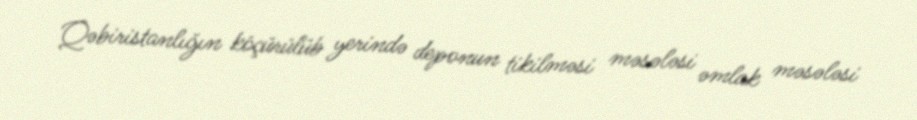
Qəbiristanlığın köçürülüb yerində deponun tikilməsi məsələsi əmlak məsələsi